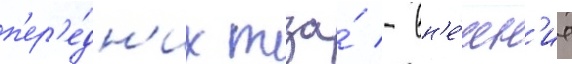
п'ер'е́дн'их тза́ - вн'е́шн'ие